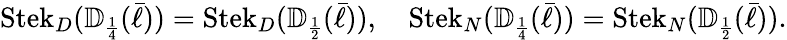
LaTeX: \operatorname{Stek}_{D}({\mathbb{D}}_{\scriptscriptstyle{\frac{1}{4}}}(\bar{\ell}))=\operatorname{Stek}_{D}({\mathbb{D}}_{\scriptscriptstyle{\frac{1}{2}}}(\bar{\ell})),\quad\operatorname{Stek}_{N}({\mathbb{D}}_{\scriptscriptstyle{\frac{1}{4}}}(\bar{\ell}))=\operatorname{Stek}_{N}({\mathbb{D}}_{\scriptscriptstyle{\frac{1}{2}}}(\bar{\ell})).